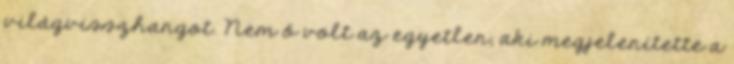
világvisszhangot. Nem ő volt az egyetlen, aki megjelenítette a